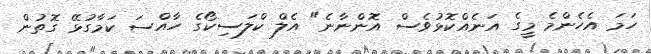
ހަމަ އެހެންމެ މީގެ އަނެއްކޮޅުވެސް އޮންނާނެ" އެލް ކްލަސިކޯގެ ހާއްސަ ކަމާގުޅޭ ގޮތުން